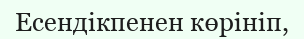
Есендікпенен көрініп,